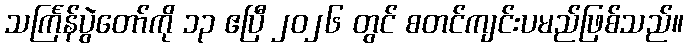
သင်္ကြန်ပွဲတော်ကို ၁၃ ဧပြီ ၂၀၂၆ တွင် စတင်ကျင်းပမည်ဖြစ်သည်။